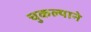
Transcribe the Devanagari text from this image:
चुकल्याने